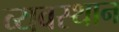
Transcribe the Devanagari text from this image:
व्यवस्थान